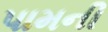
પામની